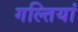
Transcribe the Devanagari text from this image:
गल्तियां